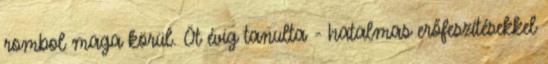
rombol maga körül. Öt évig tanulta - hatalmas erőfeszítésekkel